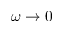
\omega \to 0